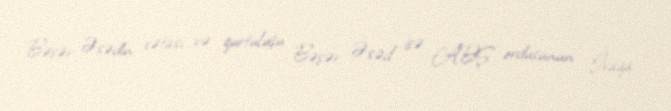
Bəşər Əsədin xətası və qurtuluşu Bəşər Əsəd isə ABŞ ordusunun İraqa